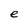
Character: e